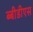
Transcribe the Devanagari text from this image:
ब्बीडीएस